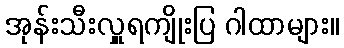
အုန်းသီးလှူရကျိုးပြ ဂါထာများ။